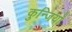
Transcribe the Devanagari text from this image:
कुन्जियाँ